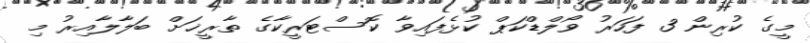
މީގެ ކުރިން 3 ފަހަރު ވޯލްޑްކަޕް ކުޅެފައިވާ ކޮސްޓަރީކާގެ ތާރީޚަށް ބަލާލާއިރު މި